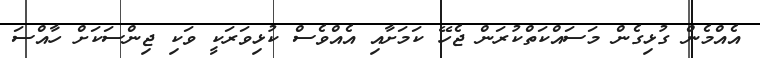
އެއްމެން ގުޅިގެން މަސައްކަތްކުރަން ޖެހޭ ކަމަށާއި އެއްވެސް ކުޅިވަރަކީ ވަކި ޖިންސަކަށް ހާއްސަ